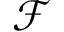
\mathcal { F }